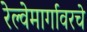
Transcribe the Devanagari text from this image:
रेल्वेमार्गावरचे